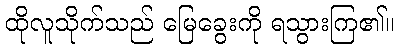
ထိုလူသိုက်သည် မြေခွေးကို ရသွားကြ၏။